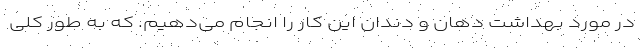
در مورد بهداشت دهان و دندان این کار را انجام می‌دهیم. که به طور کلی